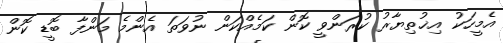
އެމީހަކު އިޚުތިޔާރު ކުރަންވީ ކޮން ކަމެއްކަން ނުވަތަ އެންމެ މަންފާ ބޮޑީ ކޮން